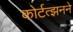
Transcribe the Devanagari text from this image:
कोर्टत्झनने